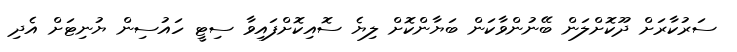
ސަރުކާރަށް ދޫކޮށްލަން ބޭނުންވާކަން ބަޔާންކޮށް ލިޔެ ސޮއިކޮށްފައިވާ ސިޓީ ހައުސިން ޔުނިޓަށް އެދި